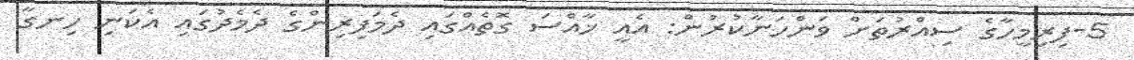
5-ފިރިމީހާގެ ސިއްރުތަށް ވަންހަނާކުރުން: އެއީ ޚާއްސަ ގޮތެއްގައި ދެމަފިރިންގެ ދެމެދުގައި އެކަނި ހިނގާ